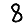
Digit: 8